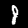
Label: 8